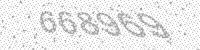
Solution: 668969